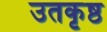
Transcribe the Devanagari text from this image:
उतकृष्ठ